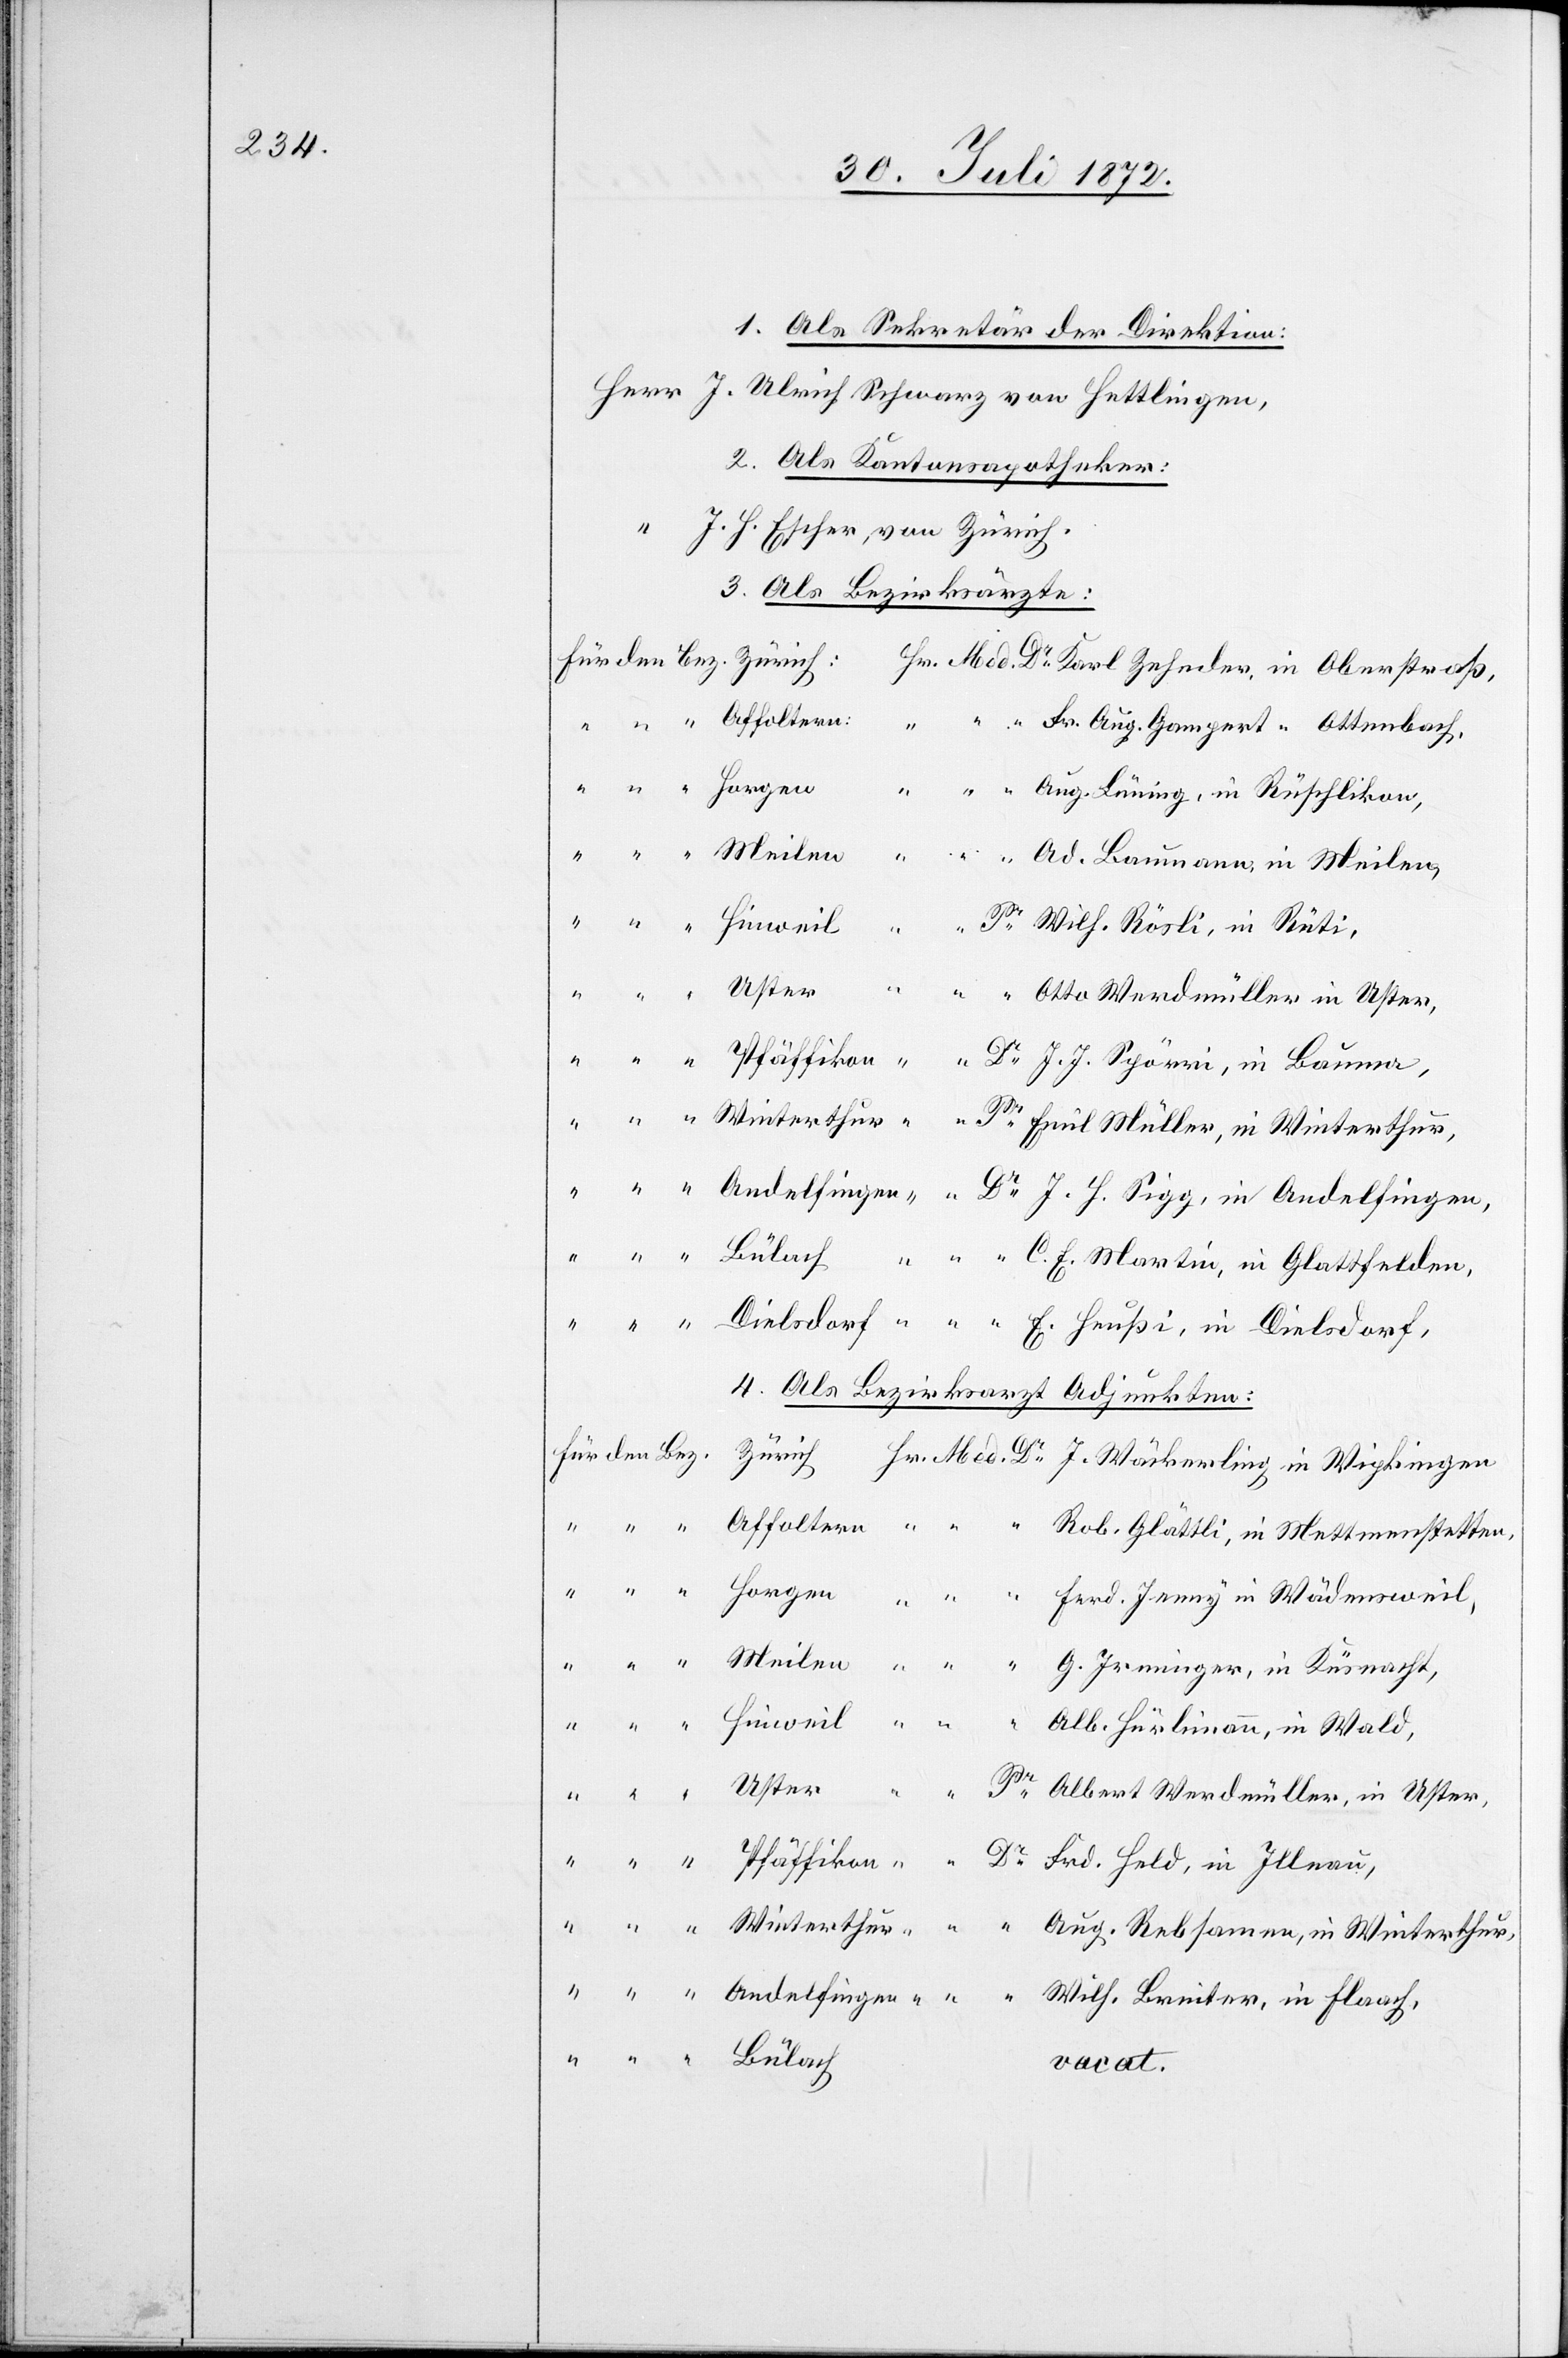
1. Als Sekretär der Direktion:
Herr J. Ulrich Schwarz von Hettlingen,
2. Als Kantonsapotheker:
“ J. H. Escher, von Zürich.
3. Als Bezirksärzte:
Otto Werdmüller in Uster,
4. Als Bezirksarzt Adjunkten:
Alb. Hürlimann, in Wald,
Wilh. Breiter, in Flaach
Bülach
vacat.